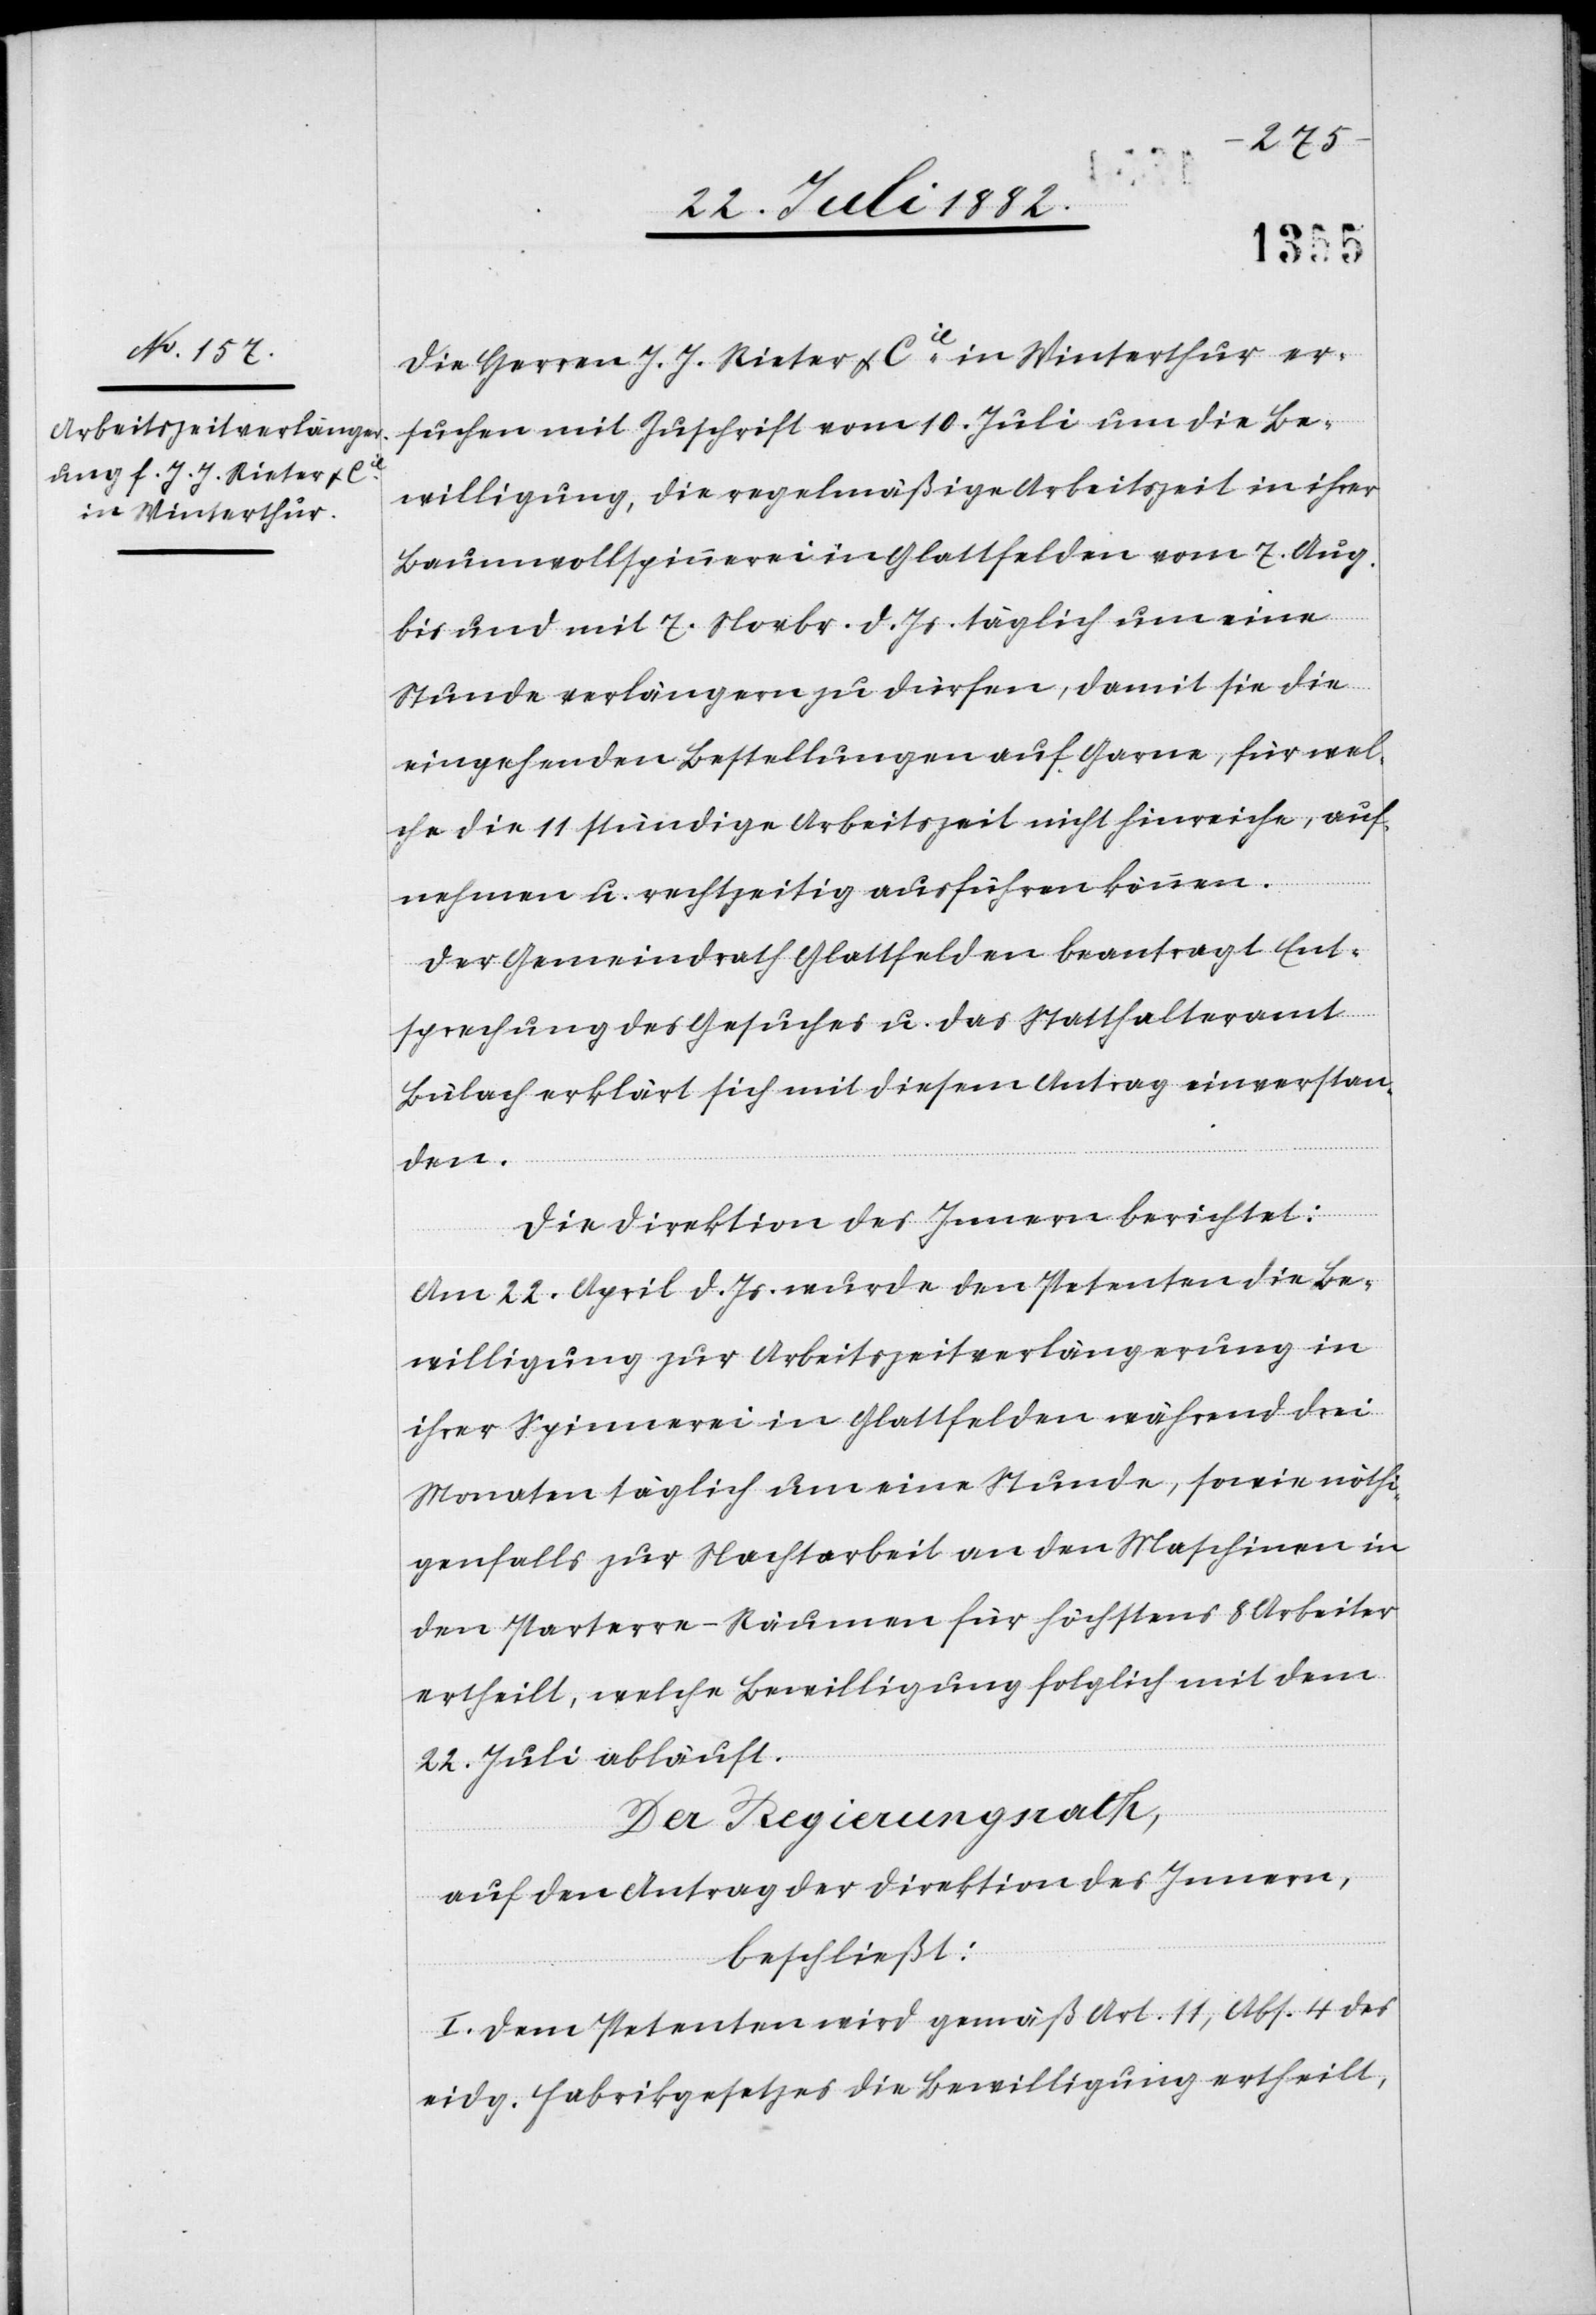
d. Js.
Die Herren J. J. Rieter & Cie in Winterthur er¬
suchen mit Zuschrift vom 10. Juli um die Be¬
willigung, die regelmäßige Arbeitszeit in ihrer
Stunde verlängern zu dürfen, damit sie die
eingehenden Bestellungen auf Garne, für wel¬
che die 11 stündige Arbeitszeit nicht hinreiche, auf¬
nehmen u. rechtzeitig ausführen können.
Der Gemeindrath Glattfelden beantragt Ent¬
sprechung des Gesuches u. das Statthalteramt
Bülach erklärt sich mit diesem Antrag einverstan¬
den.
eine
Die Direktion des Innern berichtet:
Am 22. April d. Js. wurde den Petenten die Be¬
willigung zur Arbeitszeitverlängerung in
ihrer Spinnerei in Glattfelden während drei
Monaten täglich um eine Stunde, sowie nöthi¬
genfalls zur Nachtarbeit an den Maschinen in
den Parterre-Räumen für höchstens 8 Arbeiter
ertheilt, welche Bewilligung folglich mit dem
22. Juli abläuft.
Der Regierungsrath,
auf den Antrag der Direktion des Innern,
beschließt:
I. Dem Petenten wird gemäß Art. 11, Abs. 4 des
eidg. Fabrikgesetzes die Bewilligung ertheilt,